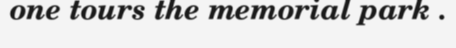
one tours the memorial park .